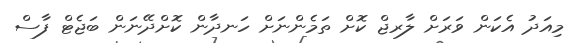
މިއަދު އެކަން ވަރަށް ލާރޖް ކޮށް ތަމެންނަށް ހަނދާން ކޮށްދޭނަން ބަޖެޓް ފާސް